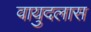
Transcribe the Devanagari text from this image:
वायुदलास